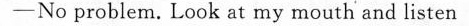
——No problem. Look at my mouth and listen